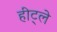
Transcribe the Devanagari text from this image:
हीट्ले